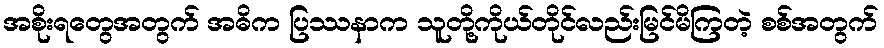
အစိုးရတွေအတွက် အဓိက ပြဿနာက သူတို့ကိုယ်တိုင်လည်းမြင်မိကြတဲ့ စစ်အတွက်